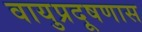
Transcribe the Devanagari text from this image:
वायुप्रदूषणास